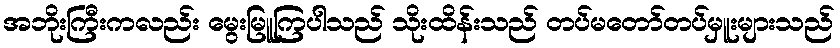
အဘိုးကြီးကလည်း မွေးမြူကြပါသည် သိုးထိန်းသည် တပ်မတော်တပ်မှူးများသည်